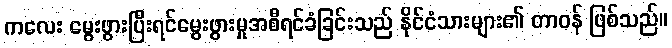
ကလေး မွေးဖွားပြီးရင်မွေးဖွားမှုအစီရင်ခံခြင်းသည် နိုင်ငံသားများ၏ တာဝန် ဖြစ်သည်။